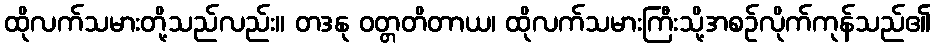
ထိုလက်သမားတို့သည်လည်း။ တဒနု ဝတ္တတိတာယ၊ ထိုလက်သမားကြီးသို့အစဉ်လိုက်ကုန်သည်၏